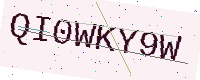
Text: QI0WKY9W